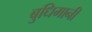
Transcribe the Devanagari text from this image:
बुधिमानी